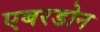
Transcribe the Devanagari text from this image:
एबरडोन